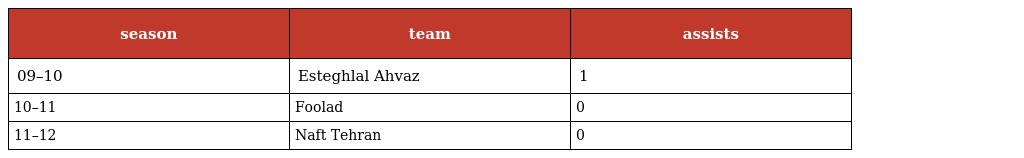
| season | team | assists |
 | --- | --- | --- |
 | 09–10 | Esteghlal Ahvaz | 1 |
 | 10–11 | Foolad | 0 |
 | 11–12 | Naft Tehran | 0 |